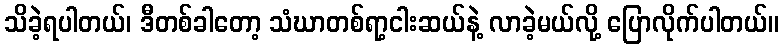
သိခဲ့ရပါတယ်၊ ဒီတစ်ခါတော့ သံဃာတစ်ရာ့ငါးဆယ်နဲ့ လာခဲ့မယ်လို့ ပြောလိုက်ပါတယ်။